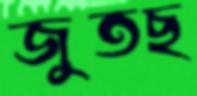
জুতছ